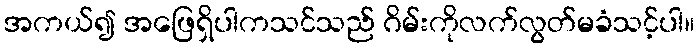
အကယ်၍ အဖြေရှိပါကသင်သည် ဂိမ်းကိုလက်လွတ်မခံသင့်ပါ။